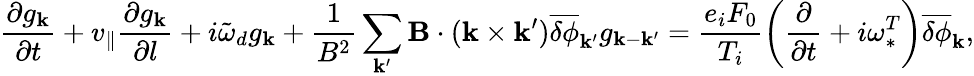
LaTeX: \frac{\partial g_{\mathbf k}}{\partial t}+v_{\| }\frac{\partial g_{\mathbf k}}{\partial l}+i\tilde{\omega}_{d}g_{\mathbf k}+\frac{1}{B^{2}}\sum_{{\mathbf k}^{\prime}}{\mathbf B}\cdot({\mathbf k}\times{\mathbf k}^{\prime})\overline{{\delta\phi}}_{{\mathbf k}^{\prime}}g_{{\mathbf k}-{\mathbf k}^{\prime}}=\frac{e_{i}F_{0}}{T_{i}}\left(\frac{\partial}{\partial t}+i\omega_{\ast}^{T}\right)\overline{{\delta\phi}}_{\mathbf k},